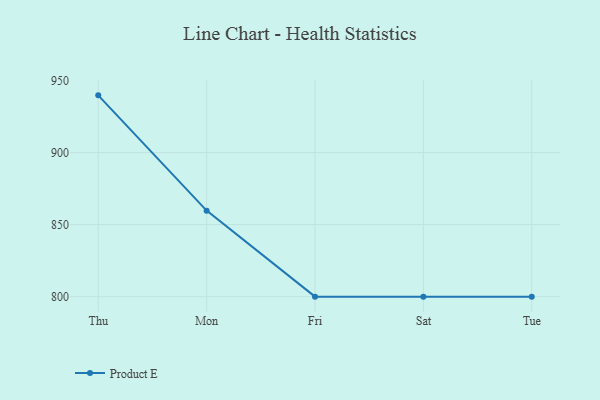
{"axis": {"x": "Day", "y": "Demand Index"}, "legend": ["Product E"], "data": [{"x": "Thu", "y": 939.7, "type": "Product E"}, {"x": "Mon", "y": 859.7, "type": "Product E"}, {"x": "Fri", "y": 800, "type": "Product E"}, {"x": "Sat", "y": 800, "type": "Product E"}, {"x": "Tue", "y": 800, "type": "Product E"}]}